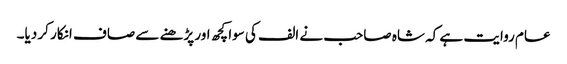
عام روایت ہے کہ شاہ صاحب نے الف کی سوا کچھ اور پڑھنے سے صاف انکار کر دیا۔